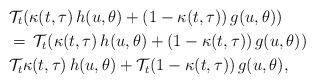
LaTeX: \begin{align*} &\mathcal{T}_t( \kappa(t,\tau)\,h(u,\theta)+(1-\kappa(t,\tau))\,g(u,\theta))\\ & =\, \mathcal{T}_t(\kappa(t,\tau)\,h(u,\theta)+(1-\kappa(t,\tau))\,g(u,\theta))\\ & \mathcal{T}_t\kappa(t,\tau)\,h(u,\theta)+\mathcal{T}_t(1-\kappa(t,\tau))\,g(u,\theta), \end{align*}